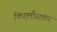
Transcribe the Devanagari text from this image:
किरलोसकर